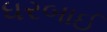
ધરબાઈ